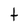
Character: t